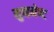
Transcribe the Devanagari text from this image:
मुव्हमेन्ट